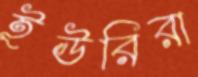
ইউরিরা